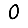
Digit: 0